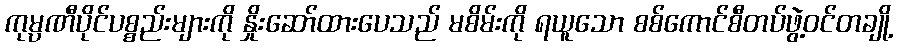
ကုမ္ပဏီပိုင်ပစ္စည်းများကို နှိုးဆော်ထားပေသည် မစိမ်းကို ရယူသော စစ်ကောင်စီတပ်ဖွဲ့ဝင်တချို့